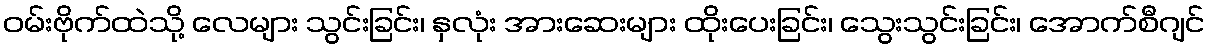
ဝမ်းဗိုက်ထဲသို့ လေများ သွင်းခြင်း၊ နှလုံး အားဆေးများ ထိုးပေးခြင်း၊ သွေးသွင်းခြင်း၊ အောက်စီဂျင်